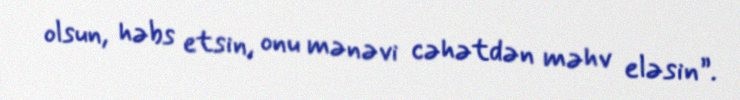
olsun, həbs etsin, onu mənəvi cəhətdən məhv eləsin”.